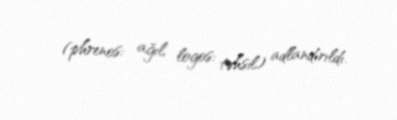
(phrenos: ağıl, logos: təhsil) adlandırıldı.